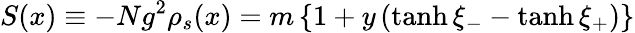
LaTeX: S(x)\equiv-Ng^{2}\rho_{s}(x)=m\left\{ 1+y\left(\operatorname{tanh}\xi_{-}-\operatorname{tanh}\xi_{+}\right)\right\}